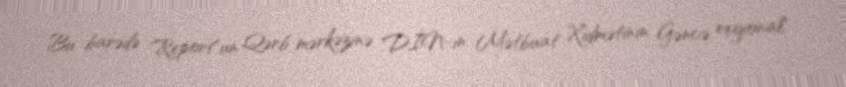
Bu barədə "Report"un Qərb mərkəzinə DİN-ın Mətbuat Xidmətinin Gəncə regional